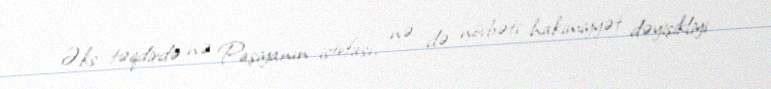
Əks təqdirdə nə Paşiyanın istefası, nə də növbəti hakimiyyət dəyişikliyi